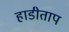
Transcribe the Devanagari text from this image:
हाडीताप